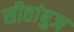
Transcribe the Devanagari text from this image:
सीतांबुज